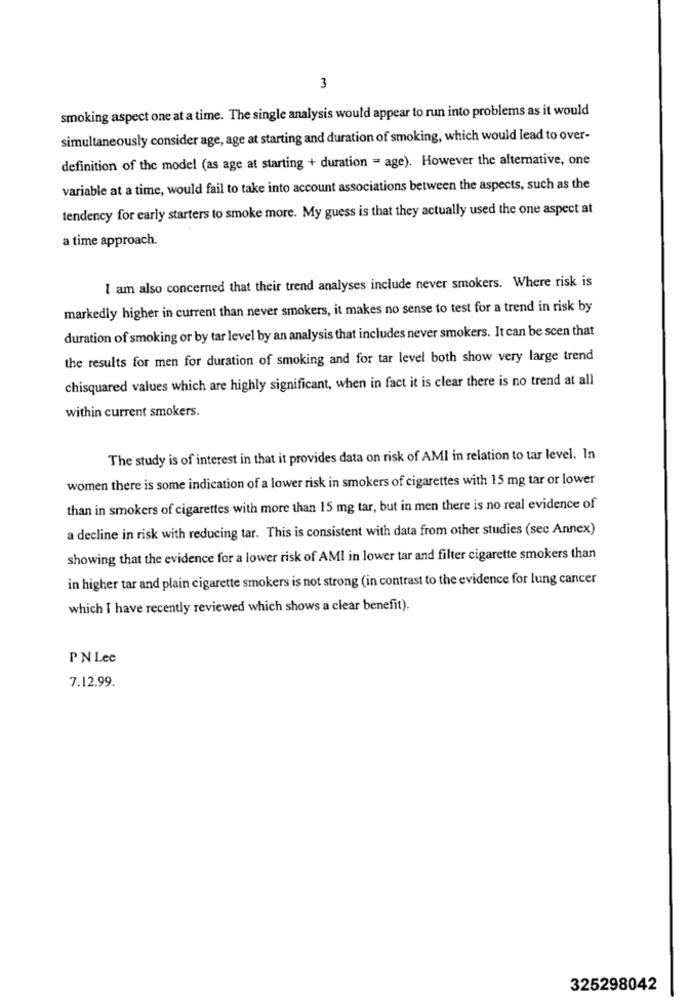
3
smoking aspect one at a time. The single analysis would appear to run into problems as it would
simultaneously consider age, age at starting and duration of smoking, which would lead to over-
definition of the model (as age at starting + duration = age). However the alternative, one
variable at a time, would fail to take into account associations between the aspects, such as the
tendency for early starters to smoke more. My guess is that they actually used the one aspect at
a time approach.
I am also concerned that their trend analyses include never smokers. Where risk is
markedly higher in current than never smokers, it makes no sense to test for a trend in risk by
duration of smoking or by tar level by an analysis that includes never smokers. It can be scen that
the results for men for duration of smoking and for tar level both show very large trend
chisquared values which are highly significant, when in fact it is clear there is no trend at all
within current smokers.
The study is of interest in that it provides data on risk of AMI in relation to tar level. In
women there is some indication of a lower risk in smokers of cigarettes with 15 mg tar or lower
than in smokers of cigarettes with more than 15 mg tar, but in men there is no real evidence of
a decline in risk with reducing tar. This is consistent with data from other studies (sec Annex)
showing that the evidence for a lower risk of AMI in lower tar and filter cigarette smokers than
in higher tar and plain cigarette smokers is not strong (in contrast to the evidence for lung cancer
which I have recently reviewed which shows a clear benefit).
PN Lee
7.12.99.
325298042